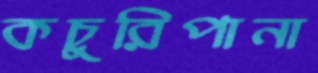
কচুরিপানা